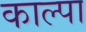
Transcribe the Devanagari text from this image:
काल्पा